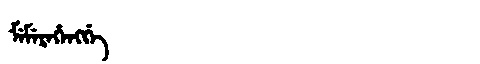
Manchu: ᠮᡝᠮᡝᡵᡝᡥᡝᠩᡤᡝ
Romanization: MEMEREHENGGE